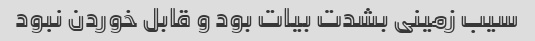
سیب زمینی بشدت بیات بود و قابل خوردن نبود